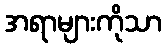
အရာများကိုသာ